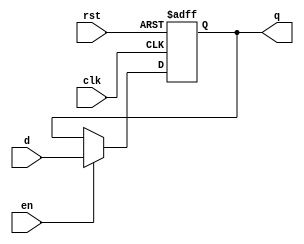
module input_register #(
    parameter WIDTH = 8  // Parameter for bit width, default is 8 bits
)(
    input wire clk,       // Clock signal
    input wire rst,       // Reset signal (active high)
    input wire en,        // Enable signal (active high)
    input wire [WIDTH-1:0] d,  // Input data lines
    output reg [WIDTH-1:0] q   // Output data lines
);

// Synchronous process for register operation
always @(posedge clk or posedge rst) begin
    if (rst) begin
        q <= {WIDTH{1'b0}}; // Asynchronous reset to 0
    end else if (en) begin
        q <= d; // Capture input data on enable
    end
    // If enable is low, retain previous value of q
end

endmodule